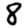
Digit: 8